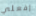
إفعلي